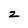
Character: 2